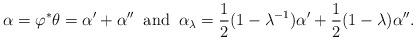
LaTeX: \begin{align*} \alpha =\varphi^{*}\theta = \alpha^{\prime} + \alpha^{\prime \prime}\;\; \mbox{and} \;\; \alpha_{\lambda} = \frac{1}{2}(1- \lambda^{-1}) \alpha^{\prime}+ \frac{1}{2}(1- \lambda) \alpha^{\prime \prime}.\end{align*}